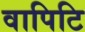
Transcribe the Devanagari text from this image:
वापिटि